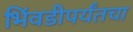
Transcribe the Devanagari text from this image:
भिंवडीपर्यंतचा